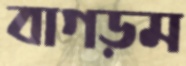
বাগড়ম